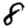
Digit: 8